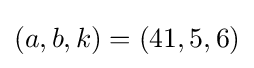
(a,b,k)=(41,5,6)